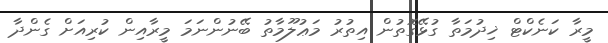
މީރާ ކަނެކްޓް ޚިދުމަތާ ގުޅޭގޮތުން އިތުރު މަޢުލޫމާތު ބޭނުންނަމަ މީރާއިން ކުރިއަށް ގެންދާ